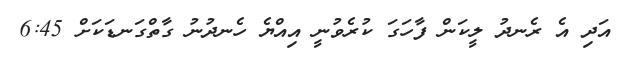
އަދި އެ ރެނދު ލީކަން ފާހަގަ ކުރެވުނީ އިއްޔެ ހެނދުނު ގާތްގަނޑަކަށް 6:45